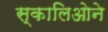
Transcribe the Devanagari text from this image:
स्कालिओने